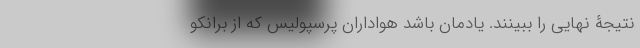
نتیجۀ نهایی را ببینند. یادمان باشد هواداران پرسپولیس که از برانکو